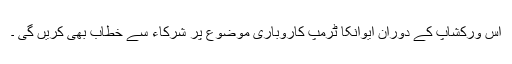
اس ورکشاپ کے دوران ایوانکا ٹرمپ کاروباری موضوع پر شرکاء سے خطاب بھی کریں گی ۔